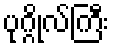
ပုဂ္ဂိုလ်ကြီး